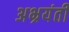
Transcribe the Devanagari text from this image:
अभ्रयंती